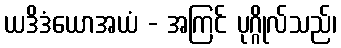
ယဒိဒံယောအယံ - အကြင် ပုဂ္ဂိုလ်သည်၊